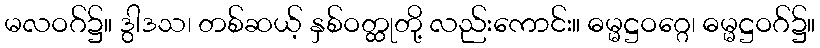
မလဝဂ်၌။ ဒွါဒသ၊ တစ်ဆယ့် နှစ်ဝတ္ထုတို့ လည်းကောင်း။ ဓမ္မဋ္ဌဝဂ္ဂေ၊ ဓမ္မဋ္ဌဝဂ်၌။